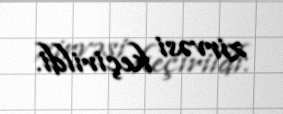
zirvəsi keçirildi.